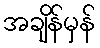
အချိန်မှန်